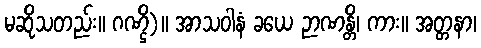
မဆိုသတည်း။ ဂဏ္ဌိ)။ အာသဝါနံ ခယေ ဉာဏန္တိ၊ ကား။ အတ္တနာ၊